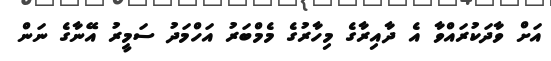
އަށް ވާދަކުރައްވާ އެ ދާއިރާގެ މިހާރުގެ މެމްބަރު އަހްމަދު ސަމީރު އޭނާގެ ނަން